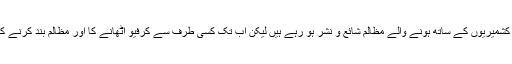
دنیا بھر کے زرائع ابلاغ میں کشمیریوں کے ساتھ ہونے والے مظالم شائع و نشر ہو رہے ہیں لیکن اب تک کسی طرف سے کرفیو اٹھانے کا اور مظالم بند کرنے کا مطالبہ سامنے نہیں ارہا ہے۔